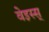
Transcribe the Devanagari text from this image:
वेइस्स्